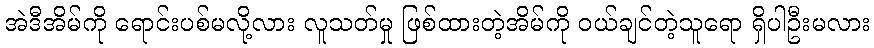
အဲဒီအိမ်ကို ရောင်းပစ်မလို့လား လူသတ်မှု ဖြစ်ထားတဲ့အိမ်ကို ဝယ်ချင်တဲ့သူရော ရှိပါဦးမလား